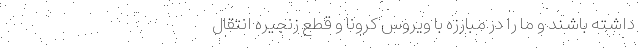
داشته باشند و ما را در مبارزه با ویروس کرونا و قطع زنجیره انتقال